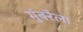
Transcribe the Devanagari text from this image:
गुंबरैला